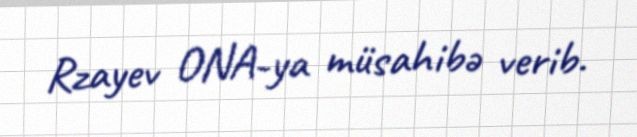
Rzayev ONA-ya müsahibə verib.